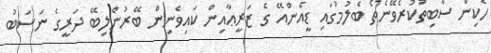
ހެކިން ސާބިތުކުރެވޭނެތޯ ބެލުމުގައި ޑީއެންއޭ ގެ ޒަރީޢާއިން ކައިވެނިން ބޭރުންލިބޭ ދަރީގެ ނަސަބު